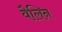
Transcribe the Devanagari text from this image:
वैलिन